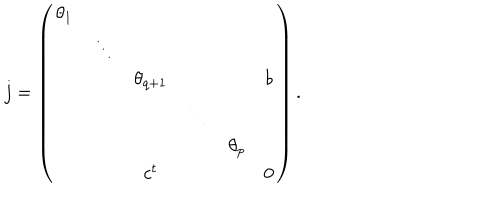
j = \left( \begin{array} { c c c c c c } { { \theta _ { 1 } } } & { { } } & { { } } & { { } } & { { } } & { { } } \\ { { } } & { { \ddots } } & { { } } & { { } } & { { } } & { { } } \\ { { } } & { { } } & { { \theta _ { q + 1 } } } & { { } } & { { } } & { { b } } \\ { { } } & { { } } & { { } } & { { \ddots } } & { { } } & { { } } \\ { { } } & { { } } & { { } } & { { } } & { { \theta _ { p } } } & { { } } \\ { { } } & { { } } & { { c ^ { t } } } & { { } } & { { } } & { { 0 } } \\ \end{array} \right) .